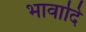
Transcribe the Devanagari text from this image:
भावादि